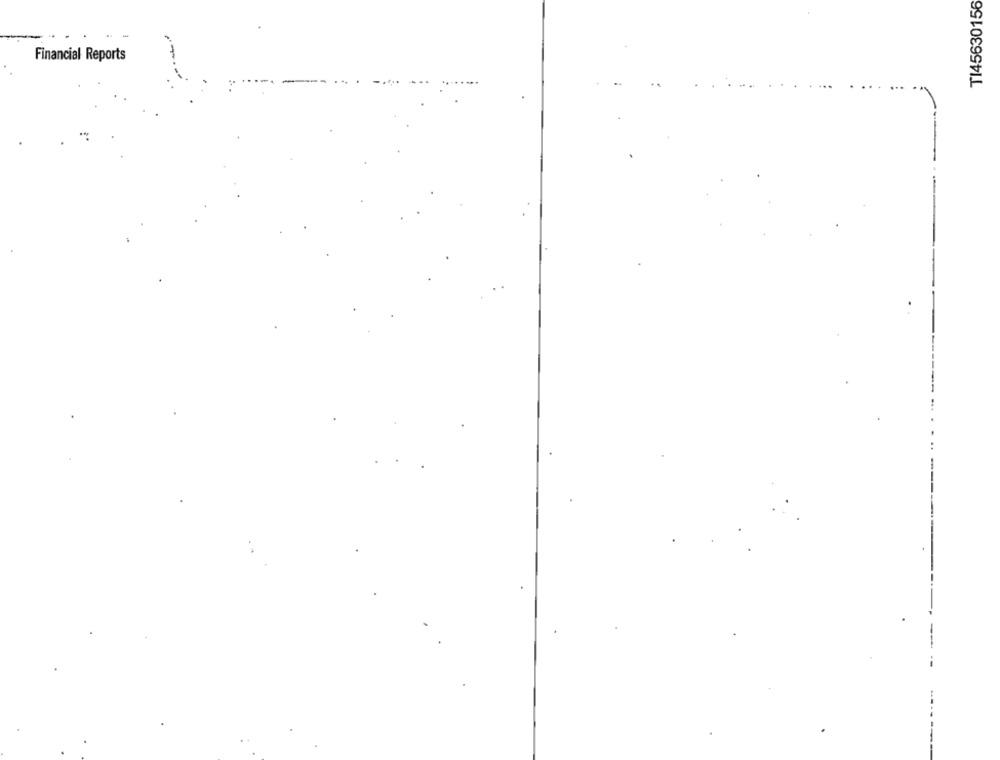
TI45630156
- -
Financial Reports